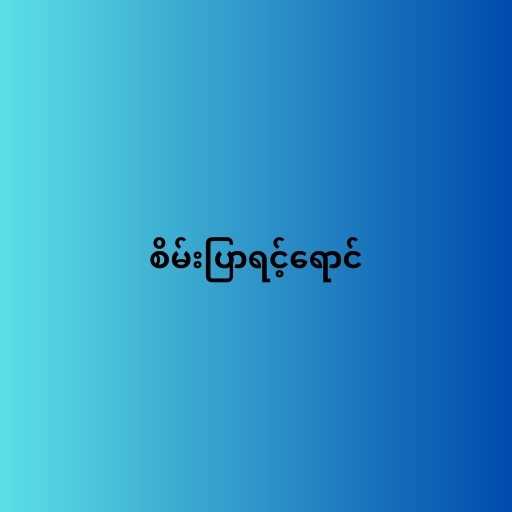
စိမ်းပြာရင့်ရောင်